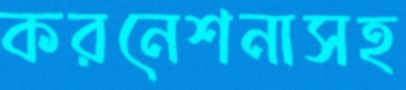
করনেশনাসহ